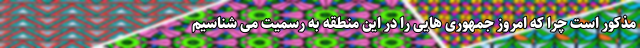
مذکور است چرا که امروز جمهوری هایی را در این منطقه به رسمیت می شناسیم